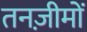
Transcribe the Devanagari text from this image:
तनज़ीमों